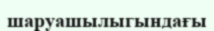
шаруашылыгындағы